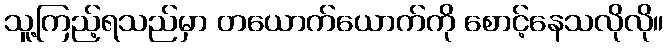
သူ့ကြည့်ရသည်မှာ တယောက်ယောက်ကို စောင့်နေသလိုလို။